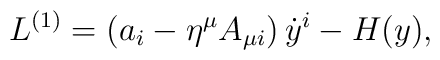
L^{(1)}=\left(a_i-\eta^{\mu}A_{\mu i} \right) {\dot{y}}^i-H(y),